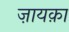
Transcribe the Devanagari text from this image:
ज़ायक़ा